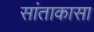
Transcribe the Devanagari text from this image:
सांताकासा